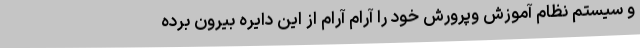
و سیستم نظام آموزش وپرورش خود را آرام آرام از این دایره بیرون برده